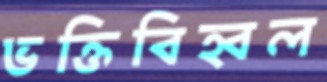
ভক্তিবিহ্বল